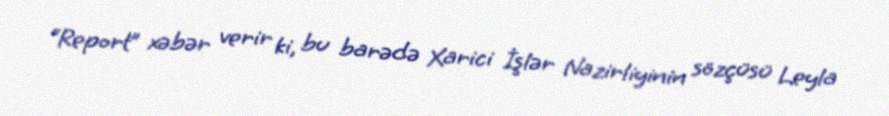
“Report” xəbər verir ki, bu barədə Xarici İşlər Nazirliyinin sözçüsü Leyla